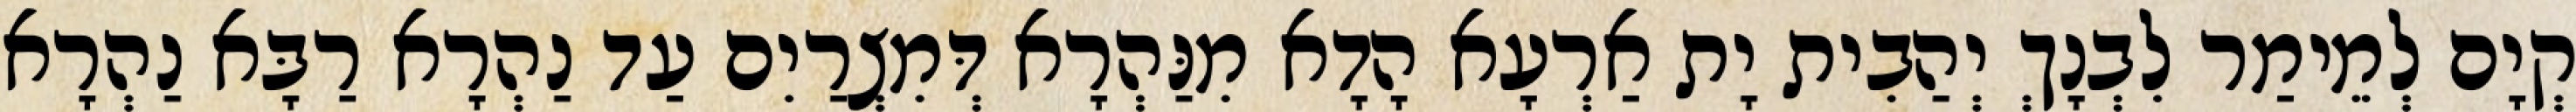
קְיָם לְמֵימַר לִבְנָךְ יְהַבִית יָת אַרְעָא הָדָא מִנַּהְרָא דְּמִצְרַיִם עַד נַהְרָא רַבָּא נַהְרָא